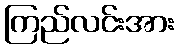
ကြည်လင်းအား